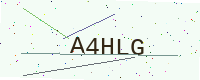
Text: A4HLG